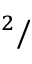
^ 2 /